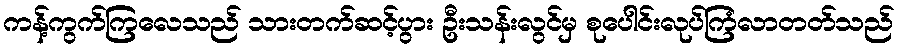
ကန့်ကွက်ကြလေသည် သားတက်ဆင့်ပွား ဦးသန်းလွင်မှ စုပေါင်းလုပ်ကြံလာတတ်သည်